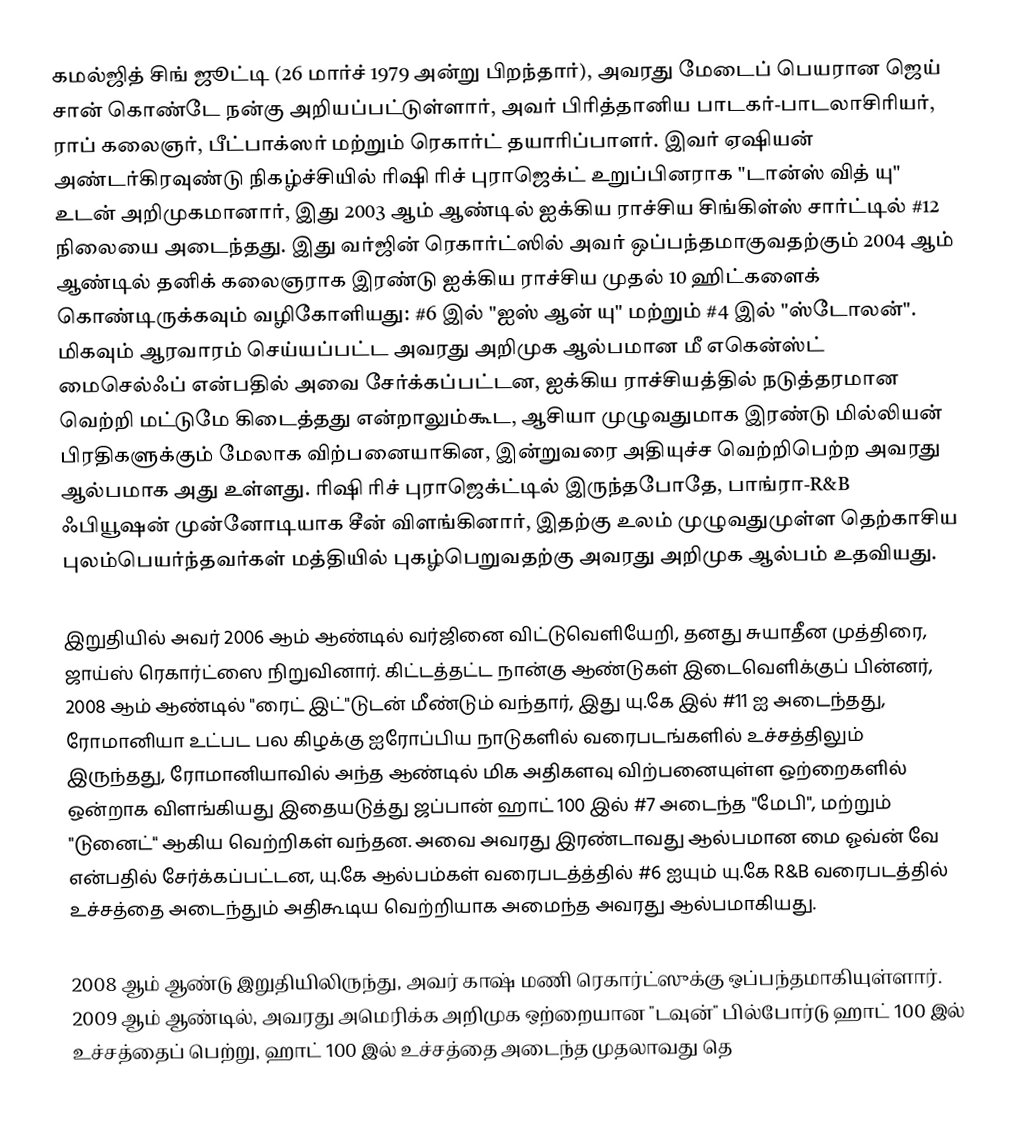
கமல்ஜித் சிங் ஜூட்டி  (26 மார்ச் 1979 அன்று பிறந்தார்), அவரது மேடைப் பெயரான ஜெய் சான்  கொண்டே நன்கு அறியப்பட்டுள்ளார், அவர் பிரித்தானிய பாடகர்-பாடலாசிரியர், ராப் கலைஞர், பீட்பாக்ஸர் மற்றும் ரெகார்ட் தயாரிப்பாளர். இவர் ஏஷியன் அண்டர்கிரவுண்டு நிகழ்ச்சியில் ரிஷி ரிச் புராஜெக்ட் உறுப்பினராக "டான்ஸ் வித் யு" உடன் அறிமுகமானார், இது 2003 ஆம் ஆண்டில் ஐக்கிய ராச்சிய சிங்கிள்ஸ் சார்ட்டில் #12 நிலையை அடைந்தது. இது வர்ஜின் ரெகார்ட்ஸில் அவர் ஒப்பந்தமாகுவதற்கும் 2004 ஆம் ஆண்டில் தனிக் கலைஞராக இரண்டு ஐக்கிய ராச்சிய முதல் 10 ஹிட்களைக் கொண்டிருக்கவும் வழிகோளியது: #6 இல் "ஐஸ் ஆன் யு" மற்றும் #4 இல் "ஸ்டோலன்". மிகவும் ஆரவாரம் செய்யப்பட்ட அவரது அறிமுக ஆல்பமான மீ எகென்ஸ்ட் மைசெல்ஃப் என்பதில் அவை சேர்க்கப்பட்டன, ஐக்கிய ராச்சியத்தில் நடுத்தரமான வெற்றி மட்டுமே கிடைத்தது என்றாலும்கூட, ஆசியா முழுவதுமாக இரண்டு மில்லியன் பிரதிகளுக்கும் மேலாக விற்பனையாகின, இன்றுவரை அதியுச்ச வெற்றிபெற்ற அவரது ஆல்பமாக அது உள்ளது. ரிஷி ரிச் புராஜெக்ட்டில் இருந்தபோதே, பாங்ரா-R&B ஃபியூஷன் முன்னோடியாக சீன் விளங்கினார், இதற்கு உலம் முழுவதுமுள்ள தெற்காசிய புலம்பெயர்ந்தவர்கள் மத்தியில் புகழ்பெறுவதற்கு அவரது அறிமுக ஆல்பம் உதவியது.

இறுதியில் அவர் 2006 ஆம் ஆண்டில் வர்ஜினை விட்டுவெளியேறி, தனது சுயாதீன முத்திரை, ஜாய்ஸ் ரெகார்ட்ஸை நிறுவினார். கிட்டத்தட்ட நான்கு ஆண்டுகள் இடைவெளிக்குப் பின்னர், 2008 ஆம் ஆண்டில் "ரைட் இட்"டுடன் மீண்டும் வந்தார், இது யு.கே இல் #11 ஐ அடைந்தது, ரோமானியா உட்பட பல கிழக்கு ஐரோப்பிய நாடுகளில் வரைபடங்களில் உச்சத்திலும் இருந்தது, ரோமானியாவில் அந்த ஆண்டில் மிக அதிகளவு விற்பனையுள்ள ஒற்றைகளில் ஒன்றாக விளங்கியது  இதையடுத்து ஜப்பான் ஹாட் 100 இல் #7 அடைந்த "மேபி", மற்றும் "டுனைட்" ஆகிய வெற்றிகள் வந்தன. அவை அவரது இரண்டாவது ஆல்பமான மை ஓவ்ன் வே  என்பதில் சேர்க்கப்பட்டன, யு.கே ஆல்பம்கள் வரைபடத்த்தில் #6 ஐயும் யு.கே R&B வரைபடத்தில் உச்சத்தை அடைந்தும் அதிகூடிய வெற்றியாக அமைந்த அவரது ஆல்பமாகியது.

2008 ஆம் ஆண்டு இறுதியிலிருந்து, அவர் காஷ் மணி ரெகார்ட்ஸுக்கு ஒப்பந்தமாகியுள்ளார். 2009 ஆம் ஆண்டில், அவரது அமெரிக்க அறிமுக ஒற்றையான "டவுன்" பில்போர்டு ஹாட் 100 இல் உச்சத்தைப் பெற்று, ஹாட் 100 இல் உச்சத்தை அடைந்த முதலாவது தெ